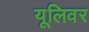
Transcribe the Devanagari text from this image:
यूलिवर